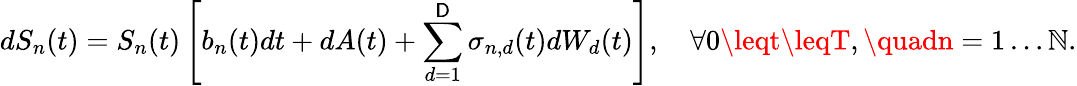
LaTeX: dS_{n}(t)=S_{n}(t)\left[b_{n}(t)dt+dA(t)+\sum_{d=1}^{\mathsf{D}}\sigma_{n,d}(t)dW_{d}(t)\right],\quad\forall0\leqt\leqT,\quadn=1\ldots\mathbb{N}.